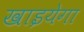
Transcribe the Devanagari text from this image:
खाइयेगा